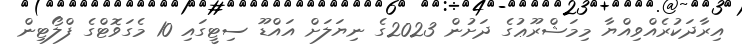
އިރާދަކުރެއްވިއްޔާ މިމަޝްރޫޢުގެ ދަށުން 2023ގެ ނިޔަލަށް އައްޑޫ ސިޓީގައި 10 މެގަވޮޓްގެ ފްލޯޓިން